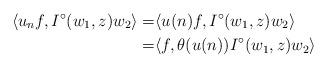
LaTeX: \begin{align*}\langle u_nf, I^{\circ}(w_1, z)w_2\rangle=&\langle u(n)f, I^{\circ}(w_1, z)w_2\rangle\\=&\langle f, \theta(u(n))I^{\circ}(w_1, z)w_2\rangle\end{align*}